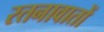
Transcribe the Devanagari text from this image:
रतनावातों